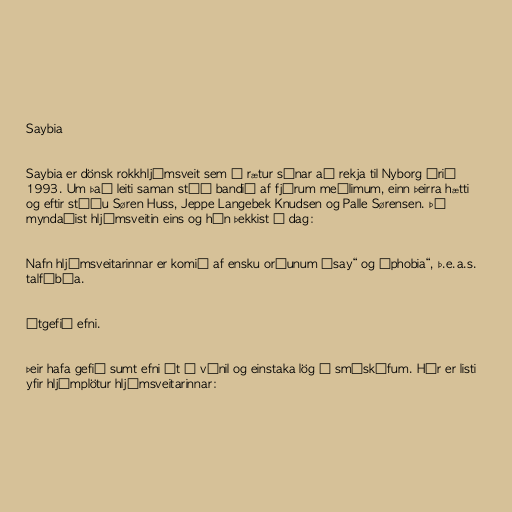
Saybia

Saybia er dönsk rokkhljómsveit sem á rætur sínar að rekja til Nyborg árið
1993. Um það leiti saman stóð bandið af fjórum meðlimum, einn þeirra hætti
og eftir stóðu Søren Huss, Jeppe Langebek Knudsen og Palle Sørensen. Þá
myndaðist hljómsveitin eins og hún þekkist í dag:

Nafn hljómsveitarinnar er komið af ensku orðunum „say“ og „phobia“, þ.e.a.s.
talfóbía.

Útgefið efni.

Þeir hafa gefið sumt efni út á vínil og einstaka lög á smáskífum. Hér er listi
yfir hljómplötur hljómsveitarinnar: